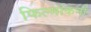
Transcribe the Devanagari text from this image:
फिल्मांकनों